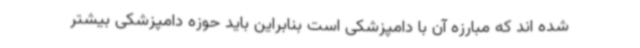
شده اند که مبارزه آن با دامپزشکی است بنابراین باید حوزه دامپزشکی بیشتر